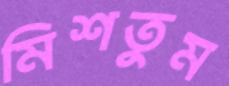
মিশতুম